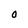
Character: O